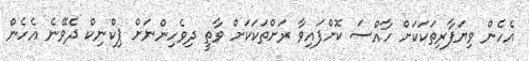
އެހެން ވިޔަފާރިތަކަކަށް ހާއްސަ ކޮށްފައިވާ ރަށްތަކަކަށް ވާތީ ދިވެހިންނަށް ޕިކްނިކް ދެވޭނެ އެހެން